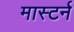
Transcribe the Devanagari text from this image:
मास्टर्न